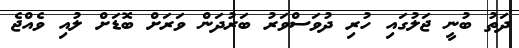
ދަތު ބުނީ ޖަލުގައި ހުރި ދުވަސްވަރު ބަރުދަން ވަރަށް ބޮޑަށް ލުއި ވެއްޖެ